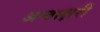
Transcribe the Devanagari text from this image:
अन्ताक्षरी